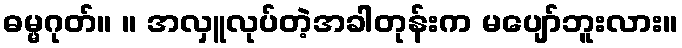
ဓမ္မဂုတ်။ ။ အလှူလုပ်တဲ့အခါတုန်းက မပျော်ဘူးလား။